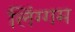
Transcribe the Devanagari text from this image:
लिंग्गम